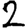
Digit: 2